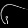
Digit: ၆